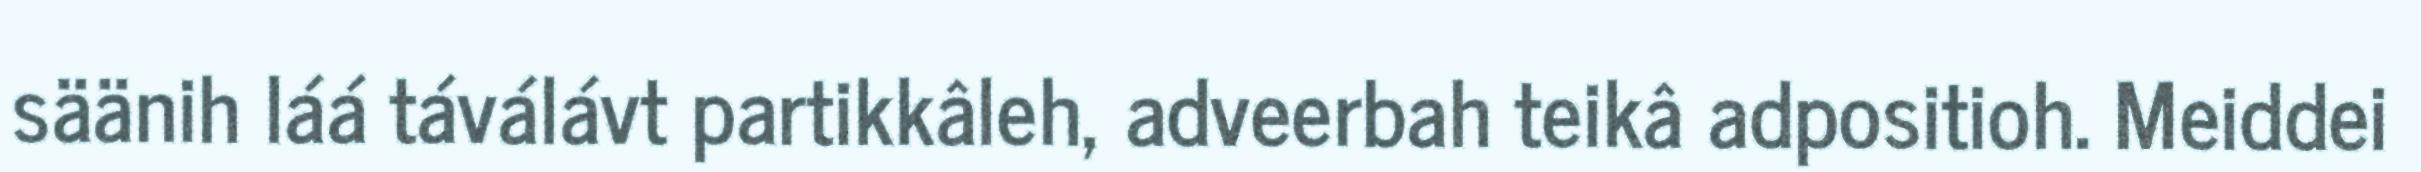
säänih láá táválávt partikkâleh, adveerbah teikâ adpositioh. Meiddei